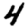
Digit: 4